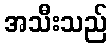
အသီးသည်